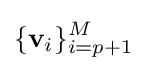
\{\mathbf {v} _{i}\}_{i=p+1}^{M}